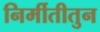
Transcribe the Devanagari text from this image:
निर्मीतीतुन